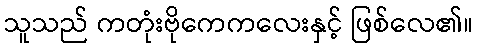
သူသည် ကတုံးဗိုကေကလေးနှင့် ဖြစ်လေ၏။